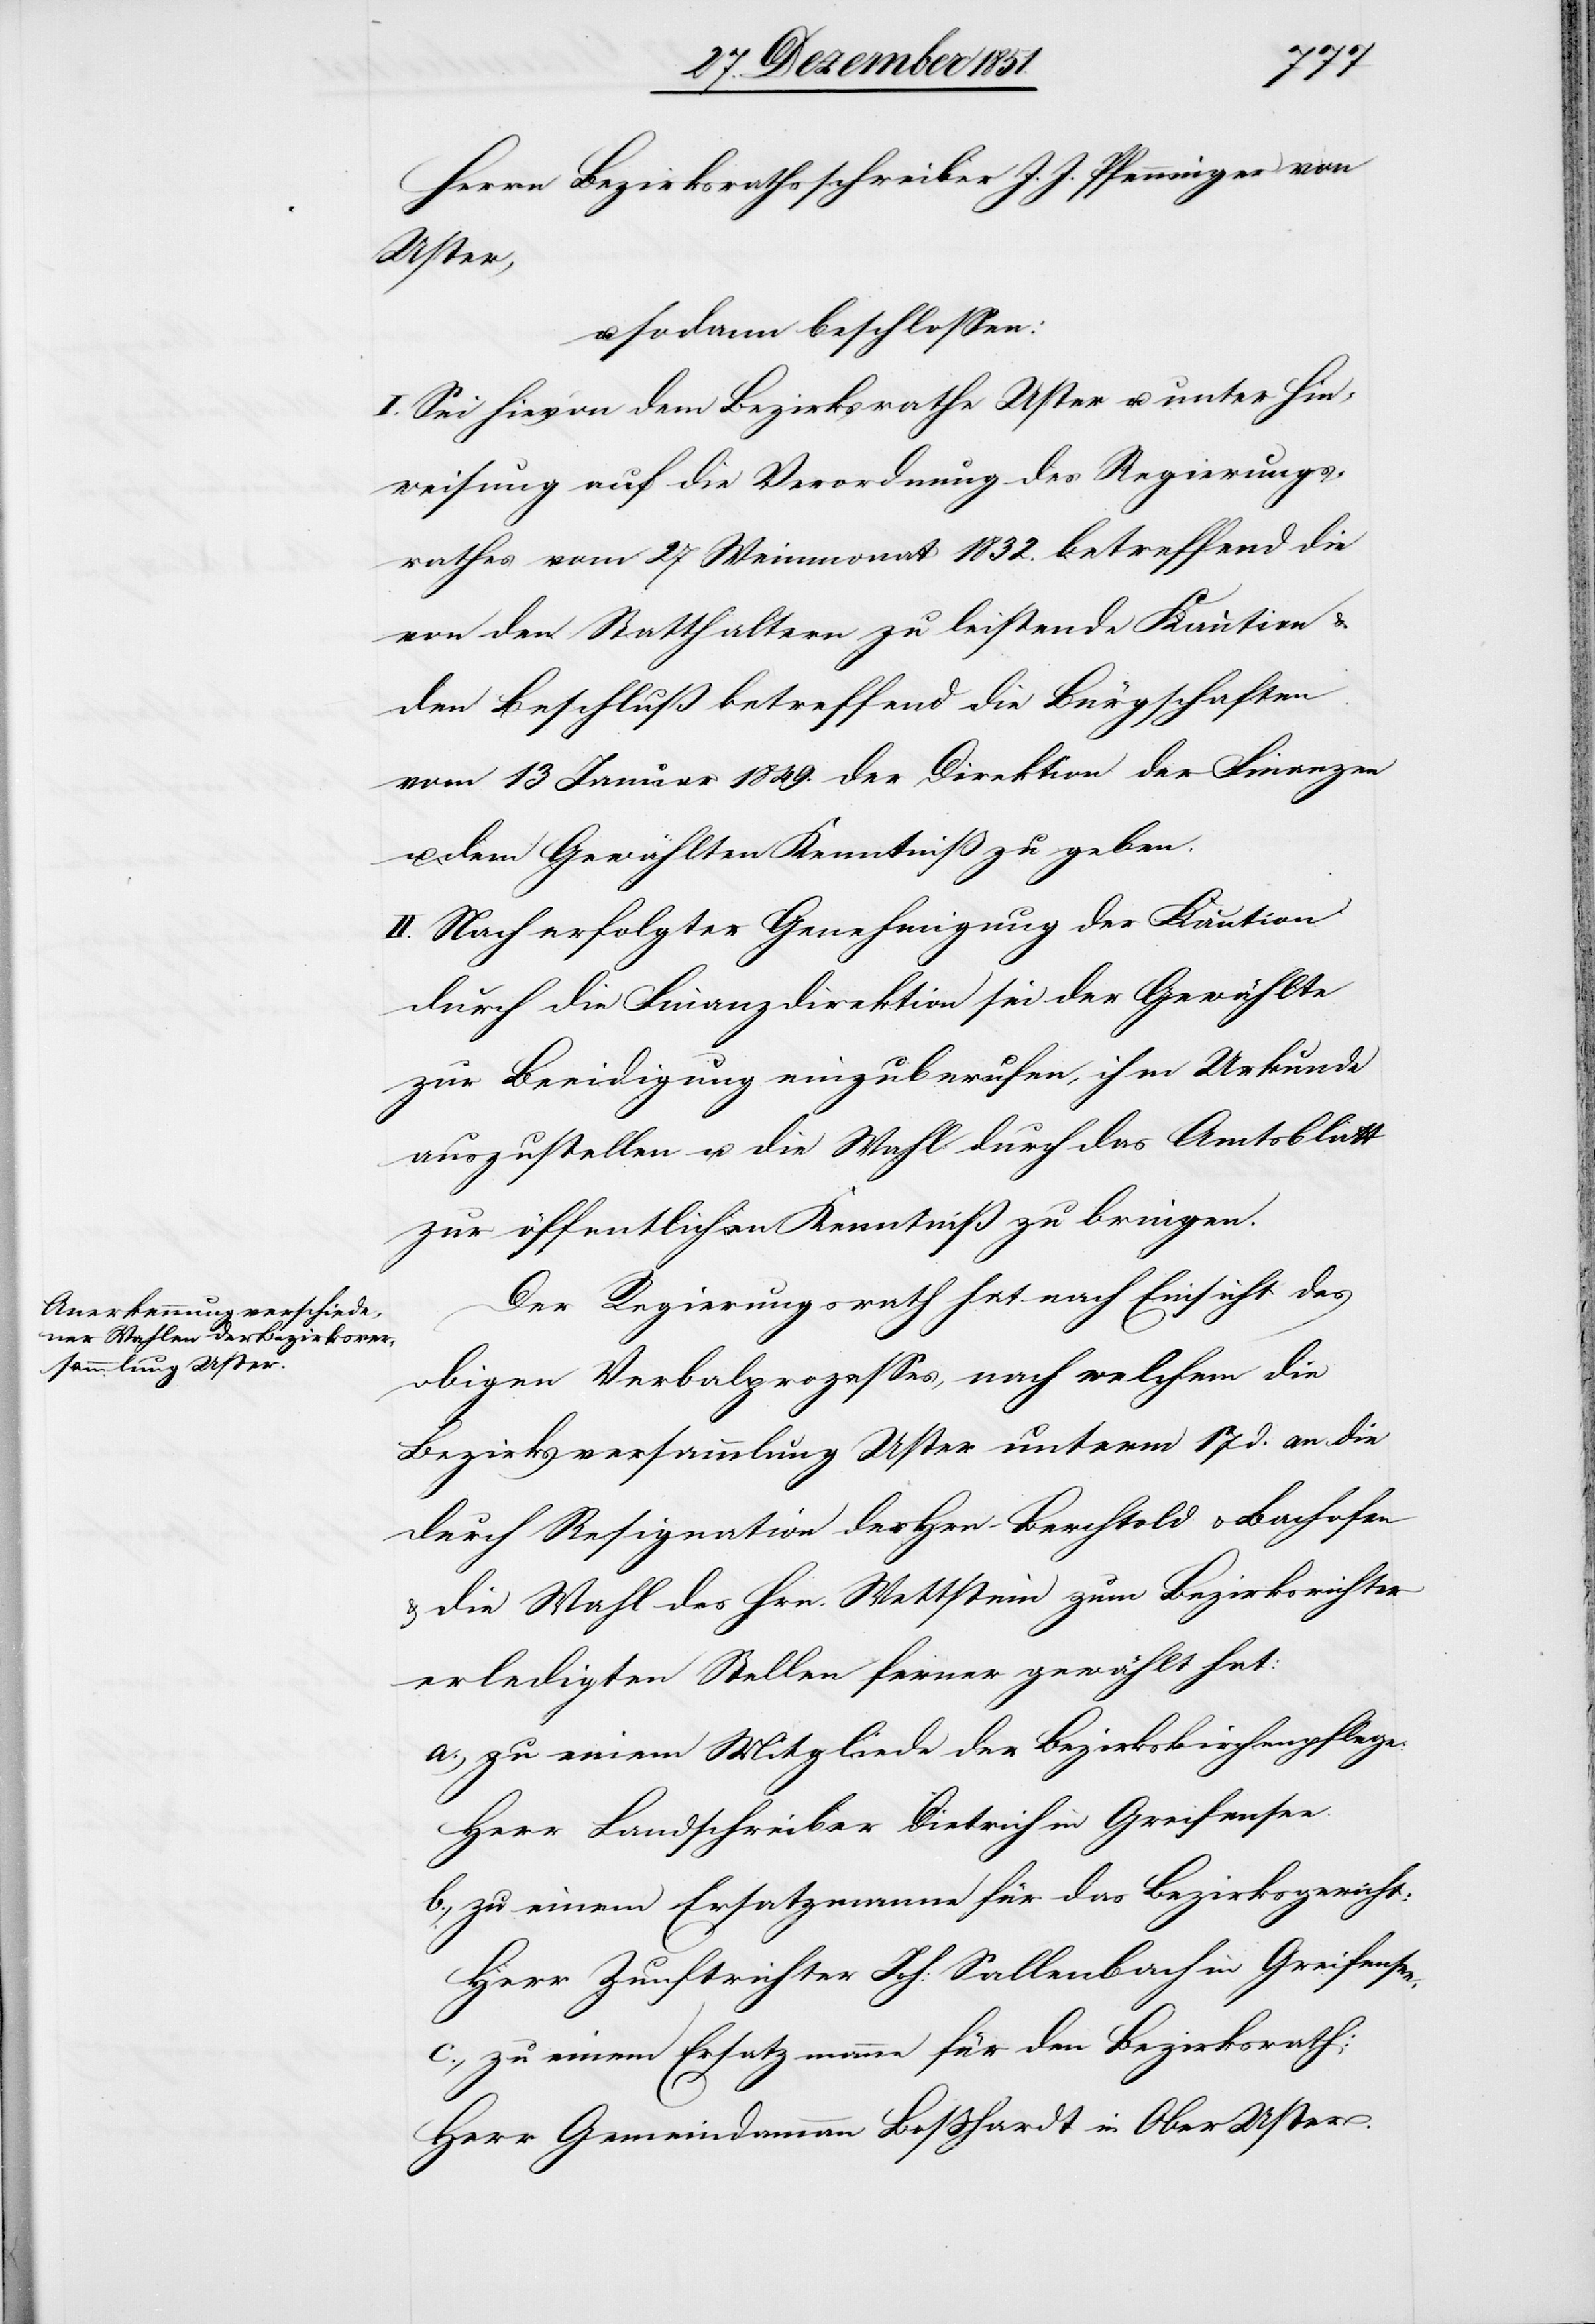
Herrn Bezirksrathsschreiber J. J. Pfenninger von
Uster,
u. sodann beschlossen:
I. Sei hievon dem Bezirksrathe Uster u. unter Hin¬
weisung auf die Verordnung des Regierungs¬
rathes vom 27 Weinmonat 1832. betreffend die
von den Statthaltern zu leistende Kaution &
den Beschluß betreffend die Bürgschaften
vom 13 Januar 1849. der Direktion der Finanzen
u. dem Gewählten Kenntniß zu geben.
II. Nach erfolgter Genehmigung der Kaution
durch die Finanzdirektion sei der Gewählte
zur Beeidigung einzuberufen, ihm Urkunde
auszustellen u. die Wahl durch das Amtsblatt
zur öffentlichen Kenntniß zu bringen.
Der Regierungsrath hat nach Einsicht des
obigen Verbalprozesses, nach welchem die
Bezirksversammlung Uster unterm 17 d. an die
durch Resignation der Hrn. Berchtold & Bachofen
die Wahl des Hrn. Wettstein zum Bezirksrichter
erledigten Stellen ferner gewählt hat:
zu einem Mitgliede der Bezirkskirchenpflege:
Herr Landschreiber Dietrich in Greifensee.
zu einem Ersatzmanne für das Bezirksgericht:
Herr Zunftrichter Joh: Sallenbach in Greifensee.
zu einem Ersatzmanne für den Bezirksrath:
Herr Gemeindammann Boßhardt in Ober[-]Uster.